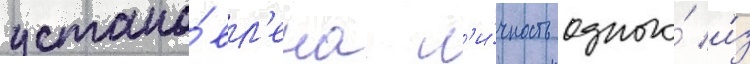
устано́вл'ена л'и́чность одного́ и́з